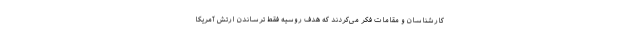
کارشناسان و مقامات فکر می‌کردند که هدف روسیه فقط ترساندن ارتش آمریکا